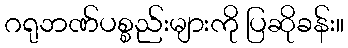
ဂရုဘဏ်ပစ္စည်းများကို ပြဆိုခန်း။